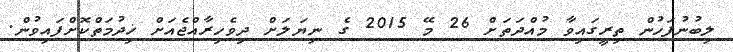
ލިބުނުފަހުން ތިރީގައިވާ މުއްދަތަށް 26 މޭ 2015 ގެ ނިޔަލަށް ދިވެހިރާއްޖެއަށް ޚިދުމަތްކޮށްފައިވުން.